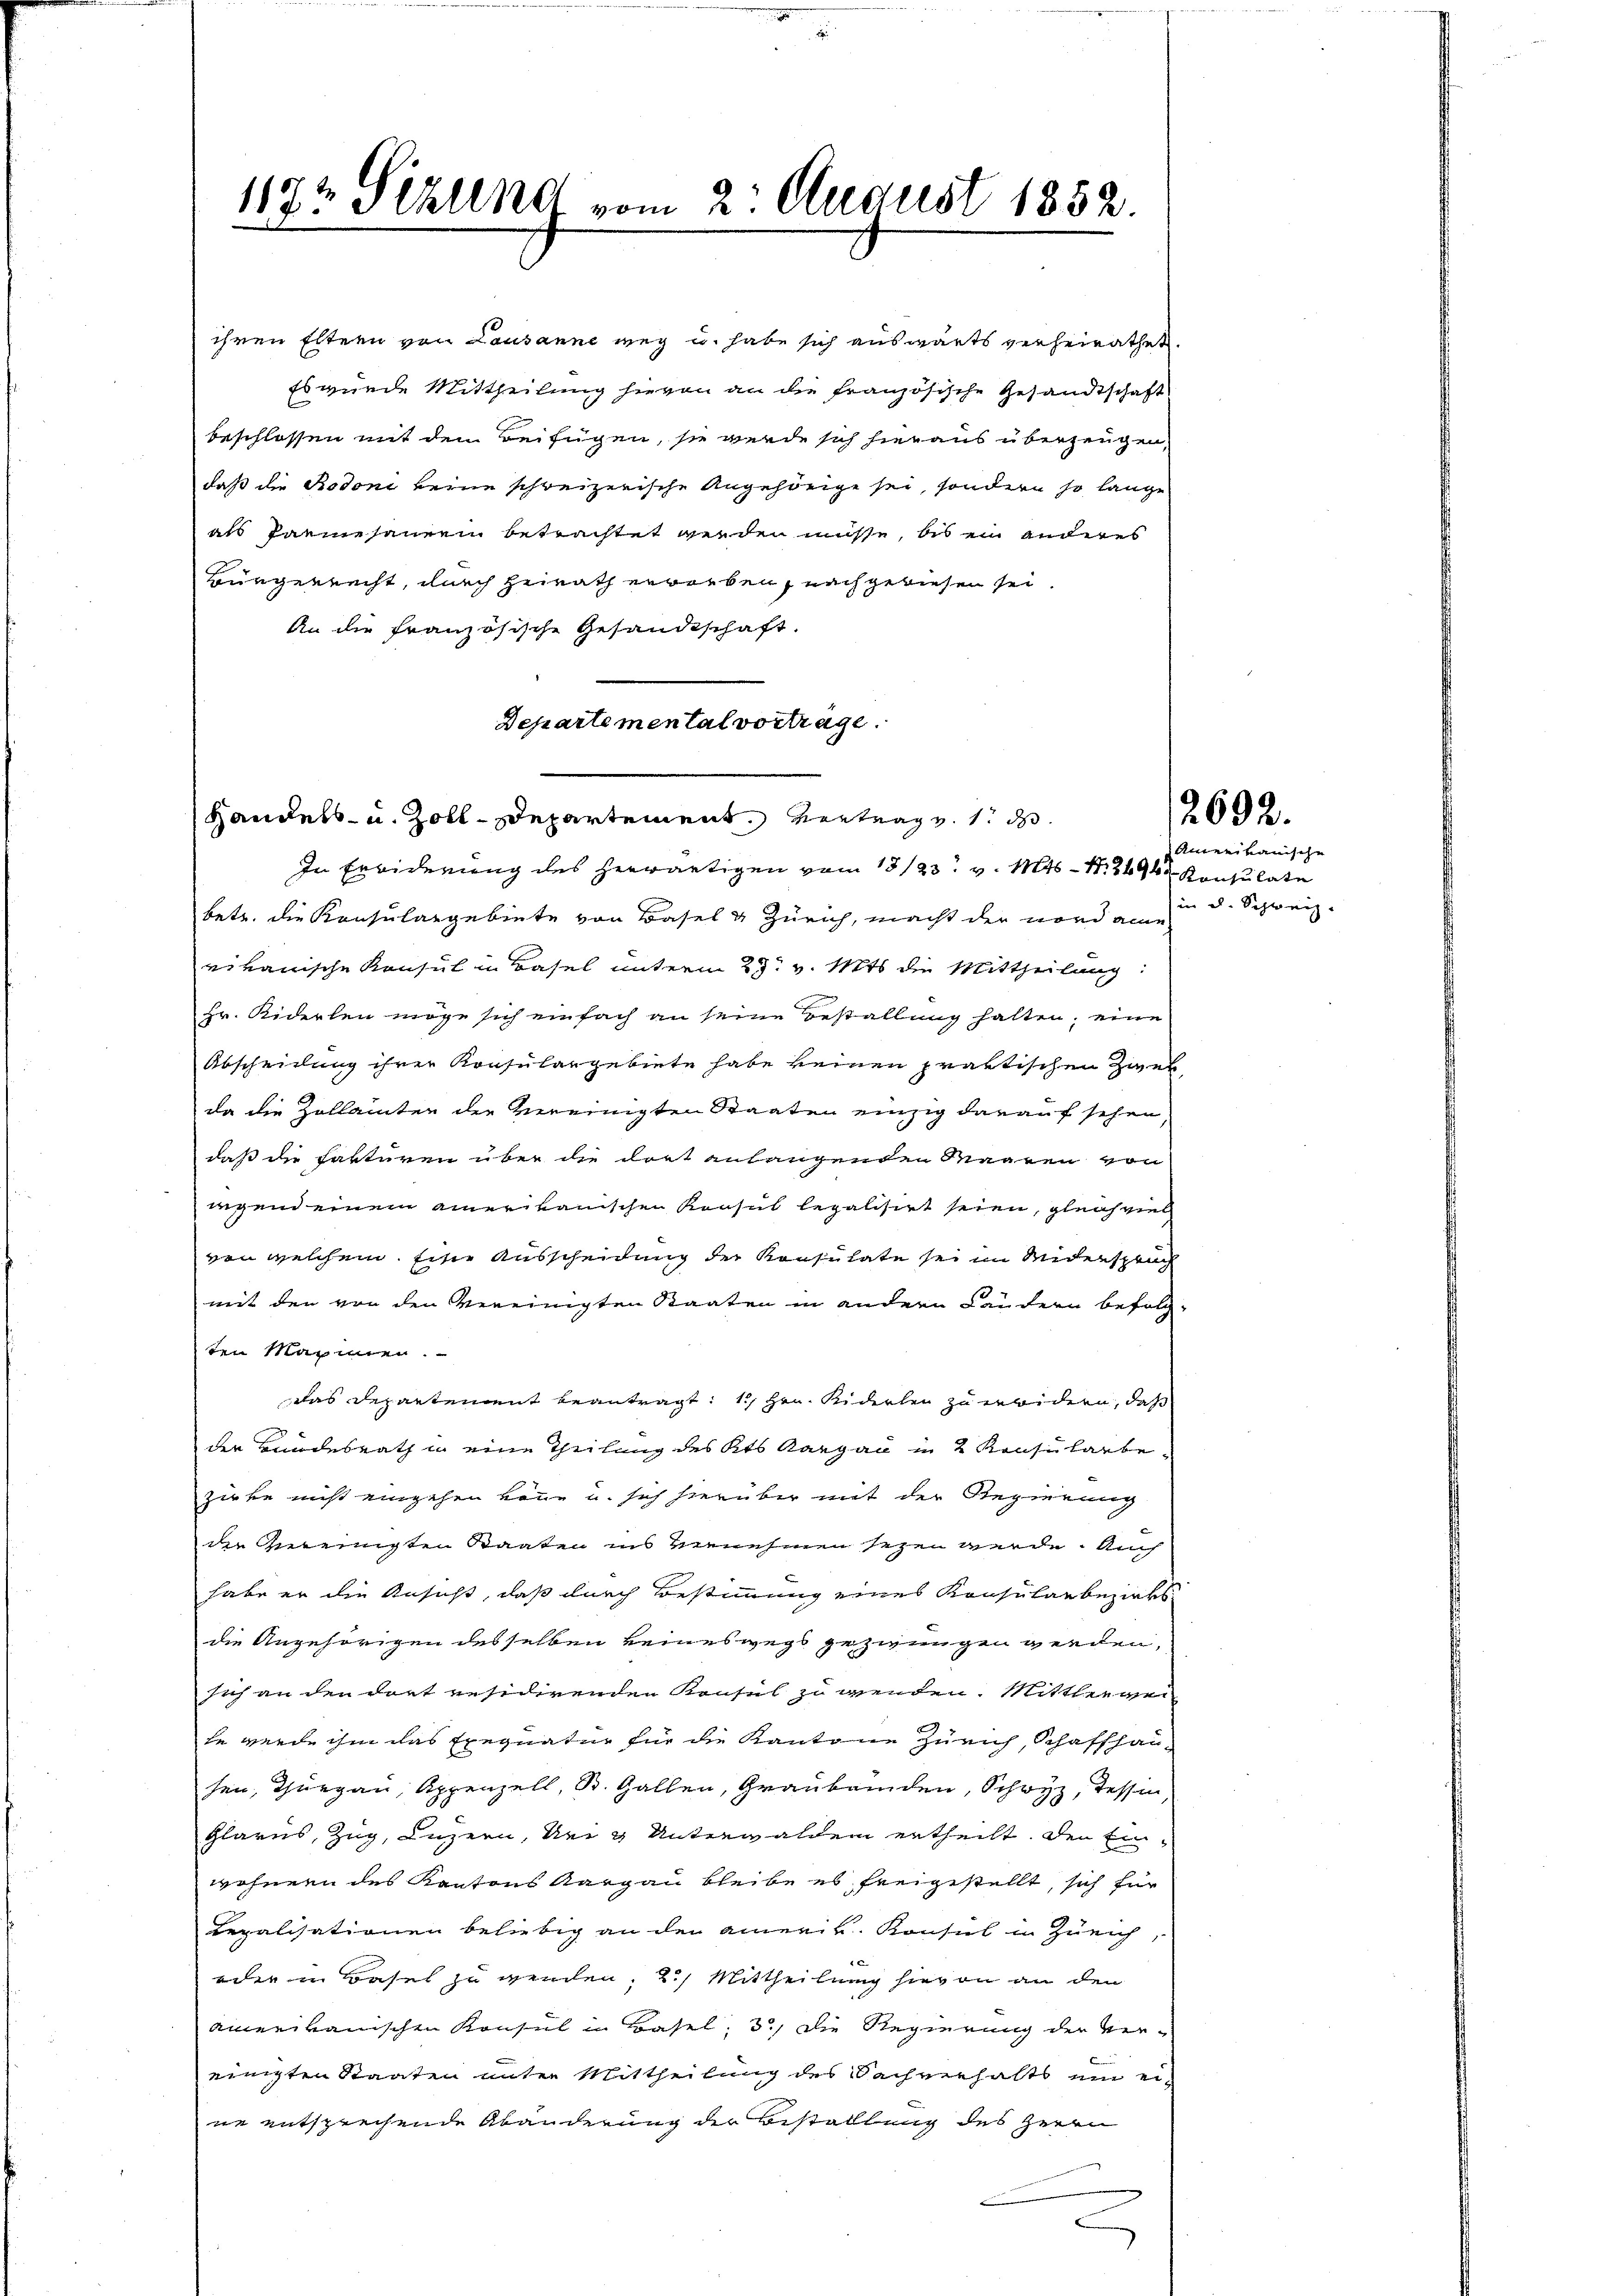
1172 Sizlend vom 2. August 1852.

als Parisauern betrachtet werden müsse, bis ein anderes
Bürgerrecht, durch Heirath erworben, nach gewiesen sei.
An die französische Gesandtschaft.
Handels- u. Zoll-Departement. Vertrag v. 1. d.
In Erbiderung des herwärtigen vom 13/23. v. Mts. S. 24942 Konsulate
betr. die Konsulangebiete von Basel & Zürich, macht der vord eine
rikanische Konsul in Basel unterm 25. v. Mts. die Mittheilung:
Hr. Kiderlen möge sich einfach an seine Bestallung halten; eine
Abscheilung ihrer Konsulangebiete habe keinen praktischen Ziel
da die Zollamten die vereinigten Staaten einzig darauf sehen,
daß die Fakturen über die dort anlangenden Maaren von
iegend einem amerikanischen Konsul legalisirt seien, gleichviel
von welchem Eine Ausscheidung der Konsulate sei im Widersprach
weit den von den Vereinigten Staaten in andern Ländern befolg-
ten Maximen.
das Departement beantragt: 1. Hrn. Siderlen zu erwidern, daß
der Bundesrath in eine Theilung des Kts. Aargau in 2 Konsularbezirte nicht eingehen könne u. sich hierüber mit der Regierung
die Gemeinigten Staaten ins vernehmen seyen werde. Auch
habe er die Ansucht, daß durch Bestimmung eines Konsularbeziers
die Angehörigen desselben keineswegs gezwungen werden,
sich an den dort residirenden Konsul zu werden. Mittlerwei
te werde ihm das Exequatur für die Kantone Zürich, Schaffhau-
hen, Thurgau, Appenzell, St. Gallen Graubünden, Schwyz, Tessin
Glarus, Zug, Luzern, Uri g Unterwalden ertheilt, den Einwohnern des Kantons Aargau bleibe es freigestellt, sich für
Legalisationen beliebig an den amerik. Konsul in Zürich,
oder in Basel zu werden; 2.) Mittheilung hievon an den
amerikanischen Konsul in Basel, 3.) Die Regierung der Ver-
einigten Staaten unter Mittheilung des Sachverhalts um eine entsprechende Abänderung der Bestallung des Herrn
b

ihren Eltern von Lausanne weg u. habe sich auswärts verheirathet.
Es wurde Mittheilung hievon an die französische Gesandtschaft
beschlossen mit den Beifügen, sie werde sich hieraus überzeugen,
daß die Rodoni keine schweizerische Angehörige sei, sondern so lange

Departemental vortrage.

2692.
Amerikanische

in u. Schweiz.